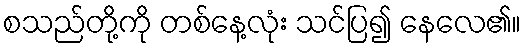
စသည်တို့ကို တစ်နေ့လုံး သင်ပြ၍ နေလေ၏။